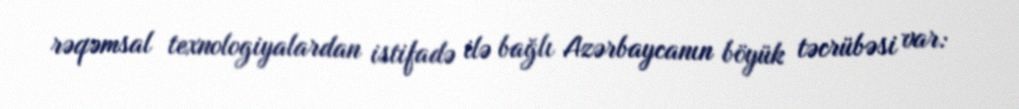
rəqəmsal texnologiyalardan istifadə ilə bağlı Azərbaycanın böyük təcrübəsi var: